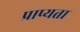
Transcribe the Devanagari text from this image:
प्राप्यता